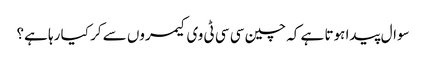
سوال پیدا ہوتا ہے کہ چین سی سی ٹی وی کیمروں سے کر کیا رہا ہے؟